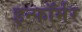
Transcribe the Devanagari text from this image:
इन्फॉर्मर